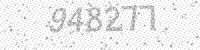
Solution: 948277